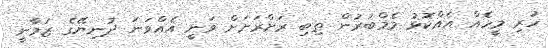
ހުރި މީހެއް އެއްކޮޅު މެމްބަރުން ތިބި ރަށްރަށަށް ވަނީ އެއްވަނަ ދުނިޔޭގެ ޒަމާނީ